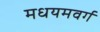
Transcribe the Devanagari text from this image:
मधयमवर्ग